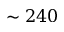
\sim 2 4 0